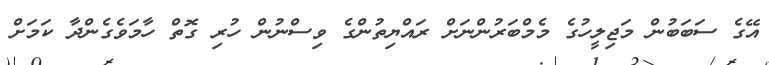
އޭގެ ސަބަބުން މަޖިލީހުގެ މެމްބަރުންނަށް ރައްޔިތުންގެ ވިސްނުން ހުރި ގޮތް ހާމަވެގެންދާ ކަމަށް